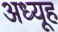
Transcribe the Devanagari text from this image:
अध्यूह